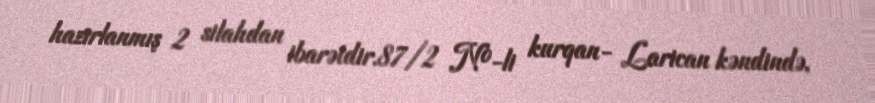
hazırlanmış 2 silahdan ibarətdir.87/2 №-li kurqan- Larican kəndində,